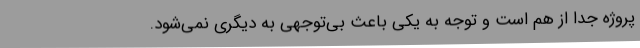
پروژه جدا از هم است و توجه به یکی باعث بی‌توجهی به دیگری نمی‌شود.